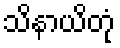
သိနာယိတုံ